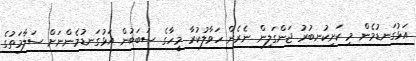
އަޅުގަނޑުމެން މި ކަށިކުނބުރު ޖަންގަލިން ނެރެން ހަވާލުކުރާ މީހާގެ ސަބަބުން އަޅުގަނޑުމެންނަށް ސަލާމަތުގެ